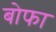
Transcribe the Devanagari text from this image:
बोफा